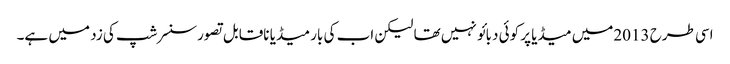
اسی طرح 2013میں میڈیا پر کوئی دبائو نہیں تھا لیکن اب کی بار میڈیا ناقابل تصورسنسرشپ کی زد میں ہے۔